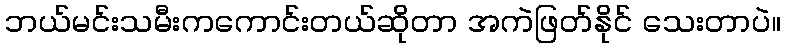
ဘယ်မင်းသမီးကကောင်းတယ်ဆိုတာ အကဲဖြတ်နိုင် သေးတာပဲ။